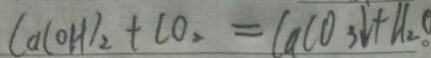
C a ( O H ) _ { 2 } + C O _ { 2 } = C a C O _ { 3 } \downarrow + H _ { 2 } O